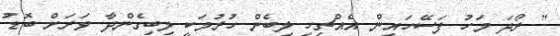
" ރޯދަ މަހު ފަސޭހައިން އެއްޗިހި ލިބެން ހުރުމަކީ ލިބިގެންދާ ވަރަށް ބޮޑު